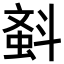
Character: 𣂂